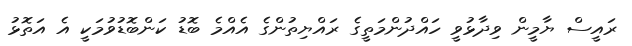
ރައީސް ޔާމީން ވިދާޅުވީ ހައްދުންމަތީގެ ރައްޔިތުންގެ އެއްމެ ބޮޑު ކަންބޮޑުވުމަކީ އެ އަތޮޅު